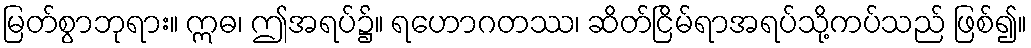
မြတ်စွာဘုရား။ ဣဓ၊ ဤအရပ်၌။ ရဟောဂတဿ၊ ဆိတ်ငြိမ်ရာအရပ်သို့ကပ်သည် ဖြစ်၍။